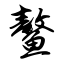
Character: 鳌